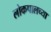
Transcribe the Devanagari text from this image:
लोकपालच्या